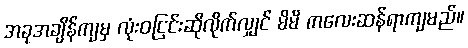
အခုအချိန်ကျမှ လုံးဝငြင်းဆိုလိုက်လျှင် မိမိ ကလေးဆန်ရာကျမည်။